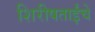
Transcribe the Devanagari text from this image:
शिरीषताईंचे